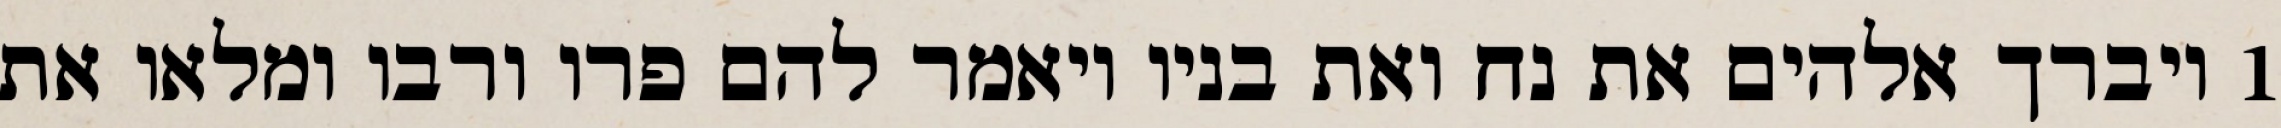
1 ויברך אלהים את נח ואת בניו ויאמר להם פרו ורבו ומלאו את